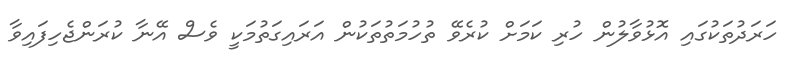
ހަރަދުތަކުގައި އޮޅުވާލުން ހުރި ކަމަށް ކުރެވޭ ތުހުމަތުތަކުން އަރައިގަތުމަކީ ވެސް އޭނާ ކުރަންޖެހިފައިވާ